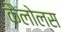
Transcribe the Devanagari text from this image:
कैलोल्स